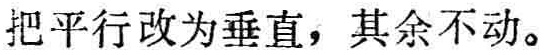
把平行改为垂直，其余不动。